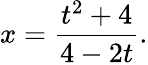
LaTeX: x={\frac{t^{2}+4}{4-2t}}.